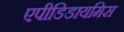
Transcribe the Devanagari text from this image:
एपीडिडायमिस